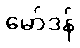
မော်ဒန်